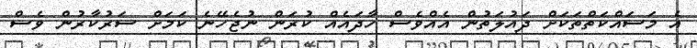
އެ މަސައްކަތްތަކަށް ދައުލަތުން އެއްވެސް ހާދައެއް ކުރަން ނުޖެހޭނެ ކަމަށް ސަރުކާރުން ވެސް